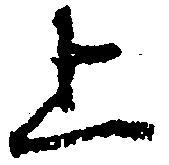
上